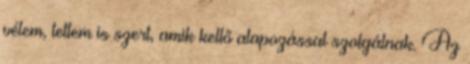
vélem, tettem is szert, amik kellő alapozással szolgálnak. Az